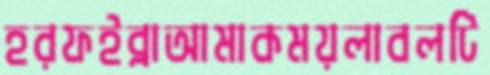
হরফইব্রাআমাকময়লাবলটি